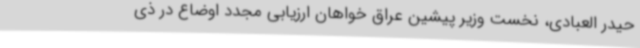
حیدر العبادی، نخست وزیر پیشین عراق خواهان ارزیابی مجدد اوضاع در ذی